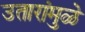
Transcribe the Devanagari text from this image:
उतारांमुळे